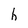
Character: h